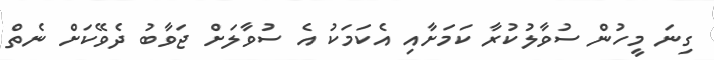
ގިނަ މީހުން ސުވާލުކުރާ ކަމަށާއި އެކަމަކު އެ ސުވާލަށް ޖަވާބު ދެވޭކަށް ނެތް